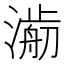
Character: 𣾥